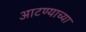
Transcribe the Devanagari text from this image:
आटण्याच्या